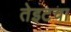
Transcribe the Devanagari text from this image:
तेइटचा